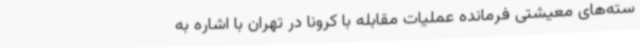
سته‌های معیشتی فرمانده عملیات مقابله با کرونا در تهران با اشاره به